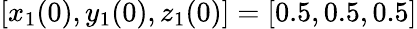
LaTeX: [x_{1}(0),y_{1}(0),z_{1}(0)]=[0.5,0.5,0.5]